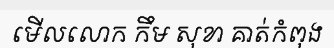
មើលលោក កឹម សុខា គាត់កំពុង